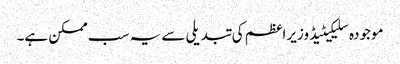
موجودہ سلیکیٹیڈ وزیراعظم کی تبدیلی سے یہ سب ممکن ہے۔